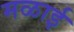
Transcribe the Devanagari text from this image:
मळाई